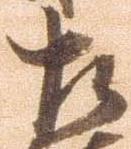
左